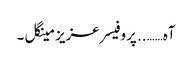
آہ…….. پروفیسر عزیز مینگل ۔